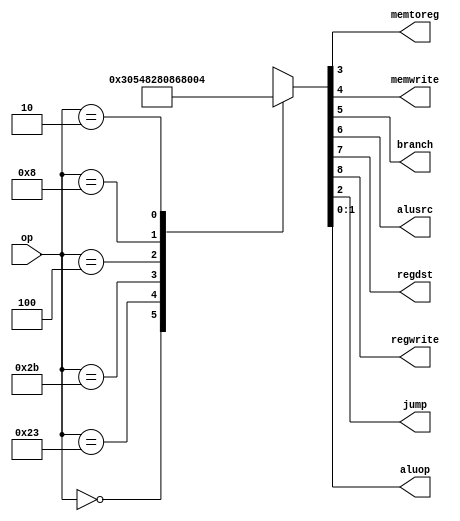
`default_nettype none

module maindec  ( input   wire  [5:0] op,
                  output  wire        memtoreg, memwrite,
                  output  wire        branch, alusrc,
                  output  wire        regdst, regwrite,
                  output  wire        jump,
                  output  wire  [1:0] aluop);

  reg [8:0]  controls;

  assign {regwrite, regdst, alusrc, branch,
          memwrite, memtoreg, jump, aluop} = controls;

  always @(*) begin
    case(op)
      6'b000000: controls <= 9'b110000010; // Rtyp
      6'b100011: controls <= 9'b101001000; // LW
      6'b101011: controls <= 9'b001010000; // SW
      6'b000100: controls <= 9'b000100001; // BEQ
      6'b001000: controls <= 9'b101000000; // ADDI
      6'b000010: controls <= 9'b000000100; // J
      default:   controls <= 9'bxxxxxxxxx; // ???
    endcase
  end

endmodule